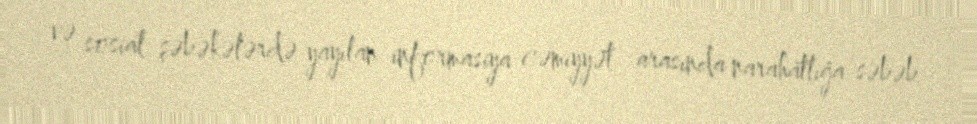
və sosial şəbəkələrdə yayılan informasiya cəmiyyət arasında narahatlığa səbəb